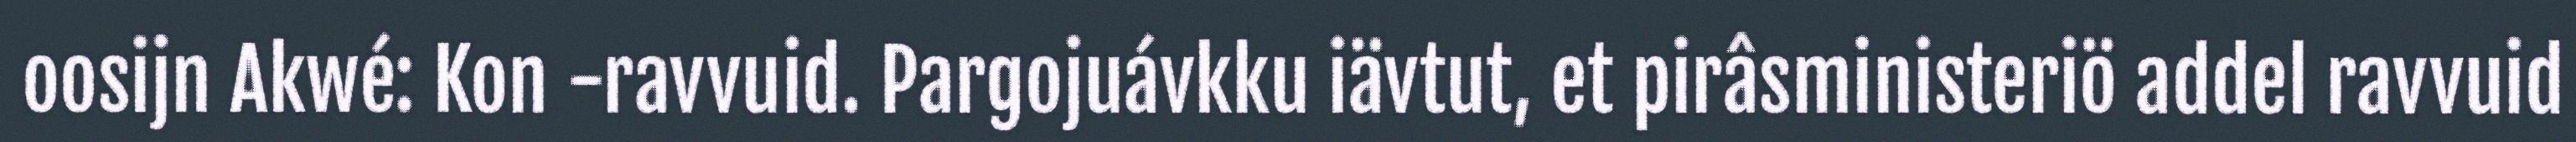
oosijn Akwé: Kon -ravvuid. Pargojuávkku iävtut, et pirâsministeriö addel ravvuid